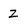
Character: Z